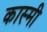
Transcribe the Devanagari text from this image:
कास्‍मी